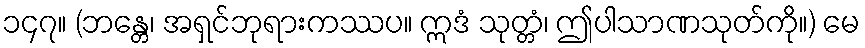
၁၄၇။ (ဘန္တေ၊ အရှင်ဘုရားကဿပ။ ဣဒံ သုတ္တံ၊ ဤပါသာဏသုတ်ကို။) မေ